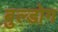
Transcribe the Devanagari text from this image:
बुल्डोग